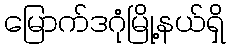
မြောက်ဒဂုံမြို့နယ်ရှိ